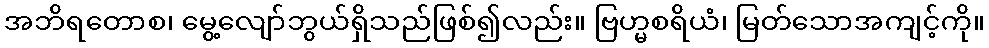
အဘိရတောစ၊ မွေ့လျော်ဘွယ်ရှိသည်ဖြစ်၍လည်း။ ဗြဟ္မစရိယံ၊ မြတ်သောအကျင့်ကို။